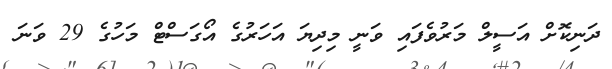
ދަނިކޮށް އަސީލް މަރުވެފައި ވަނީ މިދިޔަ އަހަރުގެ އޯގަސްޓް މަހުގެ 29 ވަނަ